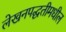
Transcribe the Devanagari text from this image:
लेखनपद्धतीमधील